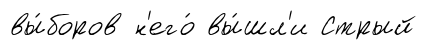
вы́боров н'его́ вы́шл'и Стрый